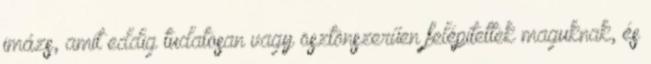
imázs, amit eddig tudatosan vagy ösztönszerűen felépítettek maguknak, és